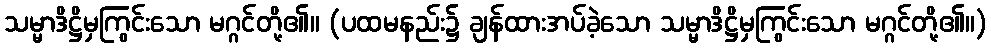
သမ္မာဒိဋ္ဌိမှကြွင်းသော မဂ္ဂင်တို့၏။ (ပထမနည်း၌ ချန်ထားအပ်ခဲ့သော သမ္မာဒိဋ္ဌိမှကြွင်းသော မဂ္ဂင်တို့၏။)